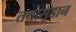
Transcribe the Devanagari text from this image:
तथासूडान